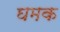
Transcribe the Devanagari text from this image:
घमक